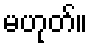
မဟုတ်။